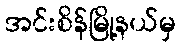
အင်းစိန်မြို့နယ်မှ